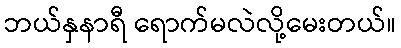
ဘယ်နှနာရီ ရောက်မလဲလို့မေးတယ်။